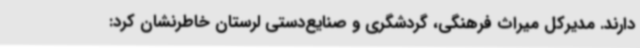
دارند. مدیرکل میراث فرهنگی، گردشگری و صنایع‌دستی لرستان خاطرنشان کرد: